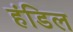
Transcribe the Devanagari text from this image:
हंडिल